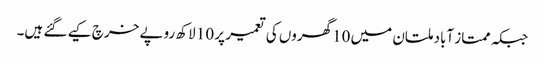
جبکہ ممتاز آباد ملتان میں 10گھروں کی تعمیر پر 10 لاکھ روپے خرچ کیے گئے ہیں۔